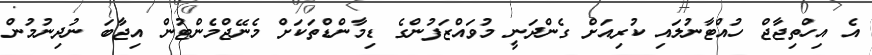
އެ އިހްތިޖާޖް ހުއްޓާނުލައި ކުރިއަށް ގެންދަނީ މުވައްޒަފުންގެ ޑިމާންޑްތަކަށް މެނޭޖްމެންޓުން އިޖާބަ ނުދިނުމުން